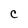
Character: C